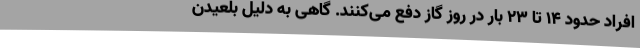
افراد حدود ۱۴ تا ۲۳ بار در روز گاز دفع می‌کنند. گاهی به دلیل بلعیدن